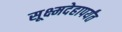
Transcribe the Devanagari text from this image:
सूक्ष्मदेहापर्यंत